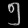
Digit: ၅